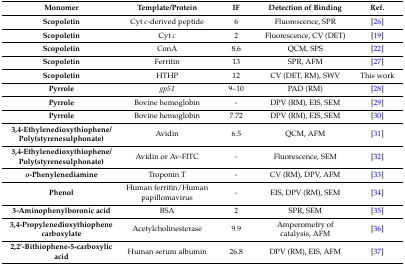
| Monomer | Template/Protein | IF | Detection of Binding | Ref. |
 | --- | --- | --- | --- | --- |
 | Scopoletin | Cyt c-derived peptide | 6 | Fluorescence, SPR | [26] |
 | Scopoletin | Cyt c | 2 | Fluorescence, CV (DET) | [19] |
 | Scopoletin | ConA | 8.6 | QCM, SPS | [22] |
 | Scopoletin | Ferritin | 13 | SPR, AFM | [27] |
 | Scopoletin | HTHP | 12 | CV (DET, RM), SWV | This work |
 | Pyrrole | gp51 | 9–10 | PAD (RM) | [28] |
 | Pyrrole | Bovine hemoglobin | - | DPV (RM), EIS, SEM | [29] |
 | Pyrrole | Bovine hemoglobin | 7.72 | DPV (RM), EIS, SEM | [30] |
 | 3,4-Ethylenedioxythiophene/Poly(styrenesulphonate) | Avidin | 6.5 | QCM, AFM | [31] |
 | 3,4-Ethylenedioxythiophene/Poly(styrenesulphonate) | Avidin or Av-FITC | - | Fluorescence, SEM | [32] |
 | o-Phenylenediamine | Troponin T | - | CV (RM), DPV, AFM | [33] |
 | Phenol | Human ferritin/Human papillomavirus | - | EIS, DPV (RM), SEM | [34] |
 | 3-Aminophenylboronic acid | BSA | 2 | SPR, SEM | [35] |
 | 3,4-Propylenedioxythiophene carboxylate | Acetylcholinesterase | 9.9 | Amperometry of catalysis, AFM | [36] |
 | 2,2’-Bithiophene-5-carboxylic acid | Human serum albumin | 26.8 | DPV (RM), EIS, AFM | [37] |